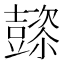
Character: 𲂠